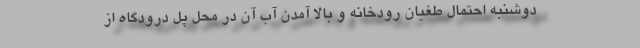
دوشنبه احتمال طغیان رودخانه‌ و بالا آمدن آب آن در محل پل درودگاه از